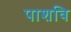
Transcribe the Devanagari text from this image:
पाशवि